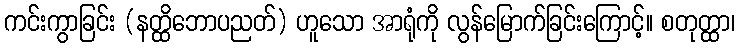
ကင်းကွာခြင်း (နတ္ထိဘောပညတ်) ဟူသော အာရုံကို လွန်မြောက်ခြင်းကြောင့်။ စတုတ္ထာ၊